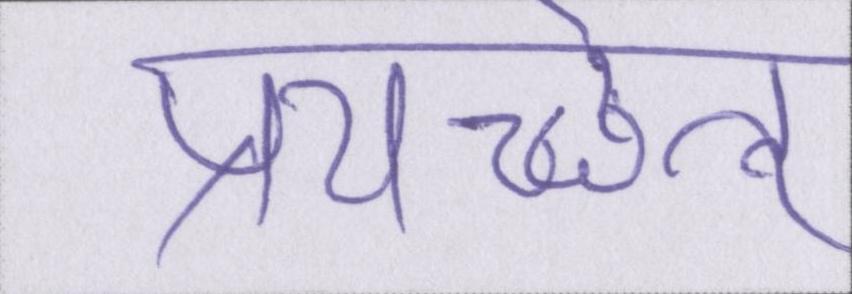
प्रयच्छेत्